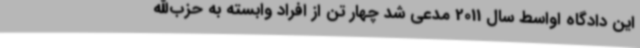
این دادگاه اواسط سال 2011 مدعی شد چهار تن از افراد وابسته به حزب‌الله